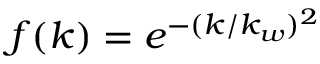
f ( k ) = e ^ { - ( k / k _ { w } ) ^ { 2 } }